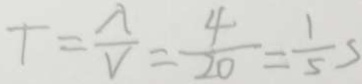
T = \frac { \lambda } { V } = \frac { 4 } { 2 0 } = \frac { 1 } { 5 } s